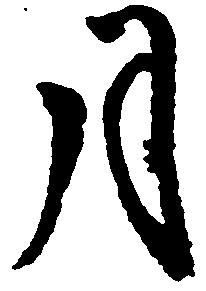
月